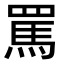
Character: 罵